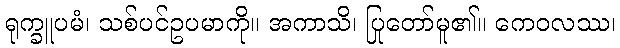
ရုက္ခူပမံ၊ သစ်ပင်ဥပမာကို။ အကာသိ၊ ပြုတော်မူ၏။ ကေဝလဿ၊